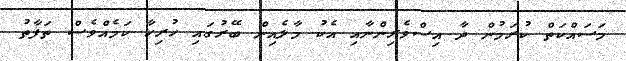
މަސައްކަތް ކުރަމުން ދާ އިސްވެރިންނާއި އެކު މާލެއިން ބޭރުގައި ހުރިހާ ކަމެއްވެސް ތަފާތު